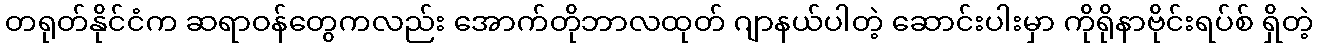
တရုတ်နိုင်ငံက ဆရာဝန်တွေကလည်း အောက်တိုဘာလထုတ် ဂျာနယ်ပါတဲ့ ဆောင်းပါးမှာ ကိုရိုနာဗိုင်းရပ်စ် ရှိတဲ့